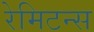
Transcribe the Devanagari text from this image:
रेमिटन्स